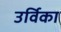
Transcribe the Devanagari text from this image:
उर्विका